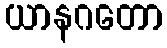
ယာနဂတော